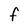
Character: f